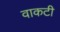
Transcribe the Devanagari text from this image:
वाकटी